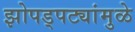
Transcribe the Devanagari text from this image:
झोपड्पट्यांमुळे